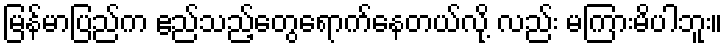
မြန်မာပြည်က ဧည်သည့်တွေရောက်နေတယ်လို့ လည်း မကြားမိပါဘူး။